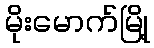
မိုးမောက်မြို့